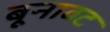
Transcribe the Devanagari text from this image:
बूनावट